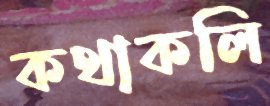
কথাকলি